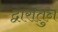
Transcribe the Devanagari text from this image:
द्वारातुन